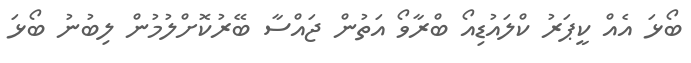
ބޯޅަ އެއް ކީޕަރު ކްލައުޑިއޯ ބްރާވޯ އަތުން ޖައްސާ ބޭރުކޮށްލުމުން ލިބުނު ބޯޅަ